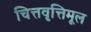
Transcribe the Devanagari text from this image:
चित्तवृत्तिमूल